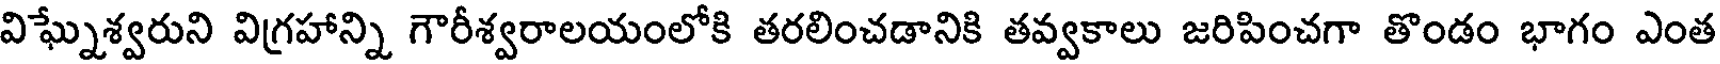
విఘ్నేశ్వరుని విగ్రహాన్ని గౌరీశ్వరాలయంలోకి తరలించడానికి తవ్వకాలు జరిపించగా తొండం భాగం ఎంత